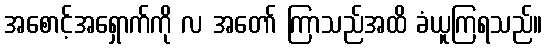
အစောင့်အရှောက်ကို လ အတော် ကြာသည်အထိ ခံယူကြရသည်။